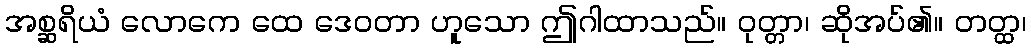
အစ္ဆရိယံ လောကေ ထေ ဒေဝတာ ဟူသော ဤဂါထာသည်။ ဝုတ္တာ၊ ဆိုအပ်၏။ တတ္ထ၊